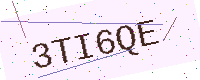
Text: 3TI6QE